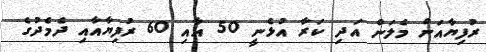
ރުފިޔާއަށް މެލަން އަދި ކަރާ އުޅެނީ 50 އާއި 60 ރުފިޔާއާއި ދެމެދުގެ